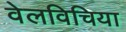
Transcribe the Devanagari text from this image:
वेलविचिया